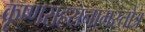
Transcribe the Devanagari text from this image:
कृष्णसहस्रनामस्तोत्र